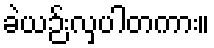
ခဲယဉ်းလှပါတကား။